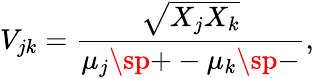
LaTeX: V_{jk}=\frac{\sqrt{X_{j}X_{k}}}{\mu_{j}\sp{+}-\mu_{k}\sp{-}},